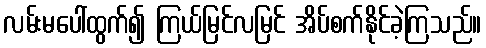
လမ်းမပေါ်ထွက်၍ ကြယ်မြင်လမြင် အိပ်စက်နိုင်ခဲ့ကြသည်။